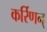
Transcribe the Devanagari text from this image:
कर्रिणन्